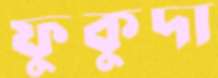
ফুকুদা